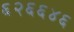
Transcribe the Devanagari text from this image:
६२६६४६